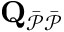
\mathbf { Q } _ { \mathcal { \Bar { P } \Bar { P } } }